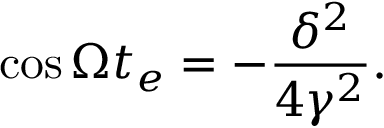
\cos \Omega t _ { e } = - \frac { \delta ^ { 2 } } { 4 \gamma ^ { 2 } } .